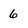
Character: 6